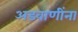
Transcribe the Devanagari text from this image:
अडवाणींना